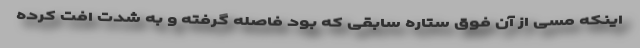
اینکه مسی از آن فوق ستاره سابقی که بود فاصله گرفته و به شدت افت کرده